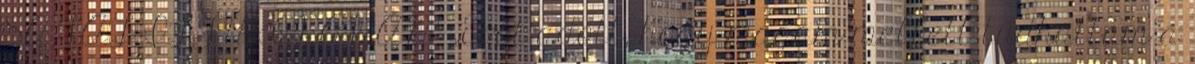
SAJÁT IFJÚKORÁBAN” „Erőt adott, hogy magam mellett tudhattam a